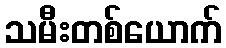
သမီးတစ်ယောက်